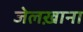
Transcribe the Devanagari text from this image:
जेलख़ाना